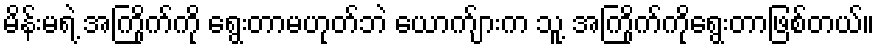
မိန်းမရဲ့ အကြိုက်ကို ရွေးတာမဟုတ်ဘဲ ယောက်ျားက သူ့ အကြိုက်ကိုရွေးတာဖြစ်တယ်။